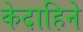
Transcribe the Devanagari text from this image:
केदाहिने